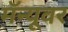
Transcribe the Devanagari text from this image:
मॅन्यूवर